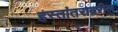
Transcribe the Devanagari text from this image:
हस्तांतरावरील